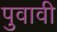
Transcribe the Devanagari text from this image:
पुवावी